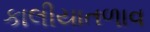
કાલીયાતળાવ